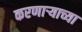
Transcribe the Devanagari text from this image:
करणार्‍याच्या